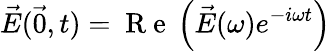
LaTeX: \vec{E}(\vec{0},t)=\mathrm{~R~e~}\left(\vec{E}(\omega)e^{-i\omega t}\right)